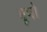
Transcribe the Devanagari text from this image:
भूपो